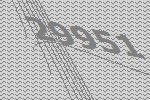
29951